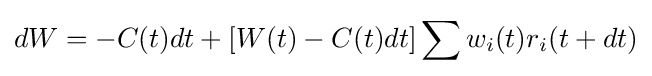
dW=-C(t)dt+[W(t)-C(t)dt]\sum w_{i}(t)r_{i}(t+dt)